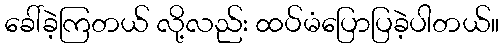
ခေါ်ခဲ့ကြတယ် လို့လည်း ထပ်မံပြောပြခဲ့ပါတယ်။